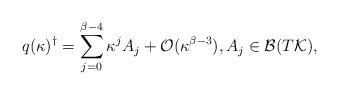
LaTeX: \begin{align*}q(\kappa)^\dagger=\sum_{j=0}^{\beta-4}\kappa^jA_j+\mathcal{O}(\kappa^{\beta-3}),A_j\in\mathcal B(T\mathcal K),\end{align*}